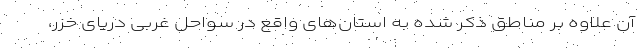
آن علاوه بر مناطق ذکر شده به استان‌های واقع در سواحل غربی دریای خزر،